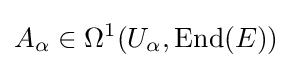
A_{\alpha }\in \Omega ^{1}(U_{\alpha },\operatorname {End} (E))